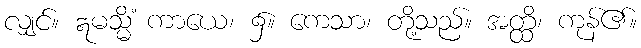
လျှင်။ ဣမသ္မိံ ကာယေ၊ ၌။ ကေသာ၊ တို့သည်။ အတ္ထိ၊ ကုန်၏။